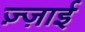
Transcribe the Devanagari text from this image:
ज़्ज़ाई